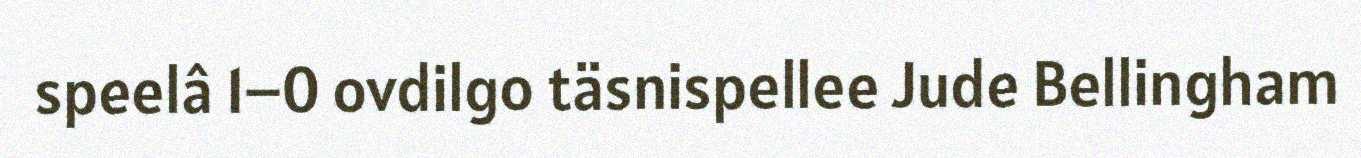
speelâ 1–0 ovdilgo täsnispellee Jude Bellingham